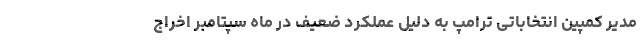
مدیر کمپین انتخاباتی ترامپ به دلیل عملکرد ضعیف در ماه سپتامبر اخراج